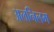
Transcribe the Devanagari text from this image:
अलनिलम